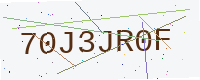
Text: 70J3JR0F